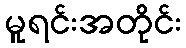
မူရင်းအတိုင်း